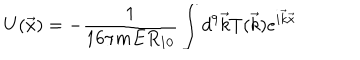
U ( \vec { x } ) = - \frac { 1 } { 1 6 \pi m E R _ { 1 0 } } \int { d ^ { 9 } \vec { k } T ( \vec { k } ) e ^ { i \vec { k } \vec { x } } }